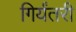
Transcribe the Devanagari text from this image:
गिर्यंतरी